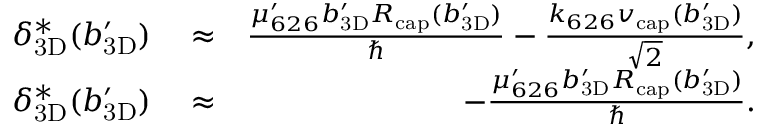
\begin{array} { r l r } { \ensuremath { \delta _ { \mathrm { 3 D } } } ^ { * } ( \ensuremath { b _ { \mathrm { 3 D } } ^ { \prime } } ) } & { { } \approx } & { \frac { \mu _ { 6 2 6 } ^ { \prime } \ensuremath { b _ { \mathrm { 3 D } } ^ { \prime } } \ensuremath { R _ { \mathrm { c a p } } } ( \ensuremath { b _ { \mathrm { 3 D } } ^ { \prime } } ) } { \hbar } - \frac { \ensuremath { k _ { 6 2 6 } } \ensuremath { v _ { \mathrm { c a p } } } ( \ensuremath { b _ { \mathrm { 3 D } } ^ { \prime } } ) } { \sqrt { 2 } } , } \\ { \ensuremath { \delta _ { \mathrm { 3 D } } } ^ { * } ( \ensuremath { b _ { \mathrm { 3 D } } ^ { \prime } } ) } & { { } \approx } & { - \frac { \mu _ { 6 2 6 } ^ { \prime } \ensuremath { b _ { \mathrm { 3 D } } ^ { \prime } } \ensuremath { R _ { \mathrm { c a p } } } ( \ensuremath { b _ { \mathrm { 3 D } } ^ { \prime } } ) } { \hbar } . } \end{array}